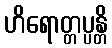
ဟိရောတ္တပ္ပန္တိ